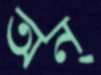
অন্